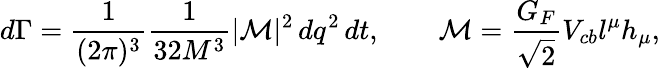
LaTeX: d\Gamma={\frac{1}{(2\pi)^{3}}}{\frac{1}{32M^{3}}}|{\cal M}|^{2}\, dq^{2}\, dt,\qquad{\cal M}={\frac{G_{F}}{\sqrt{2}}}V_{cb}l^{\mu}h_{\mu},